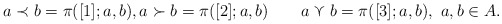
\begin{align*}a \prec b = \pi ([1]; a, b ), a \succ b = \pi ([2]; a, b ) ~~~ ~~~ a \curlyvee b = \pi ([3]; a, b), ~ a, b \in A.\end{align*}